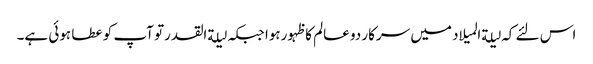
اس لئے کہ لیلةالمیلاد میں سرکار دو عالم کا ظہورہوا جبکہ لیلةالقدرتو آپ کو عطا ہوئی ہے۔